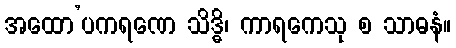
အထော’ပကရဏေ သိဒ္ဓိ၊ ကာရကေသု စ သာဓနံ။